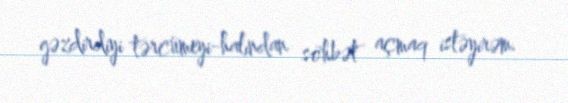
gəzdirdiyi tərcümeyi-halından söhbət açmaq istəyirəm.